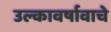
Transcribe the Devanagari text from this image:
उल्कावर्षावाचे